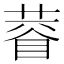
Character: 𱾙